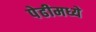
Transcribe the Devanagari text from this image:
पेढीमध्ये